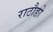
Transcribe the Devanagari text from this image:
राठौङो